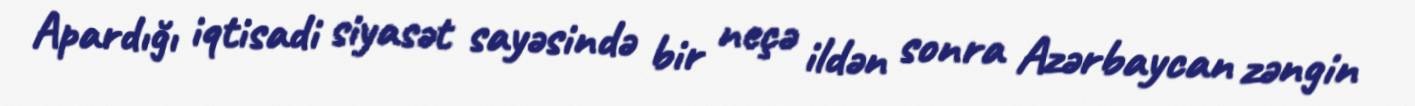
Apardığı iqtisadi siyasət sayəsində bir neçə ildən sonra Azərbaycan zəngin